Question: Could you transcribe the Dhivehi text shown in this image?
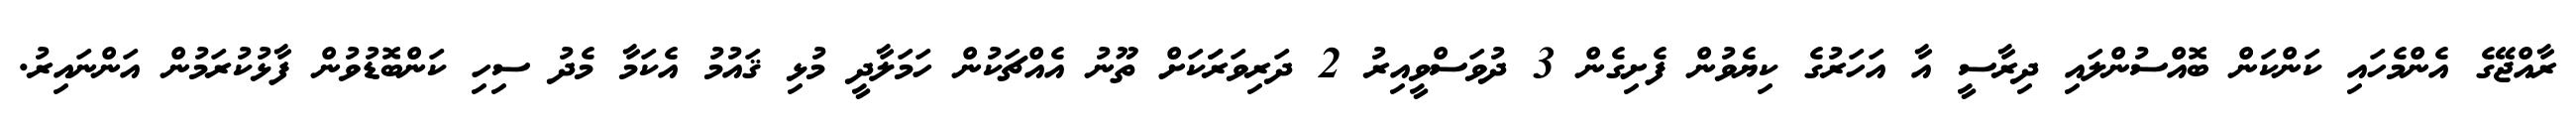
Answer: ރާއްޖޭގެ އެންމެހައި ކަންކަން ބޮއްސުންލައި ދިރާސީ އާ އަހަރުގެ ކިޔެވުން ފެށިގެން 3 ދުވަސްވީއިރު 2 ދަރިވަރަަކަށް ތޫނު އެއްޗަކުން ހަމަލާދީ މުޅި ޤައުމު އެކަމާ މެދު ސިހި ކަންބޮޑުވުން ފާޅުކުރަމުން އަންނައިރު.